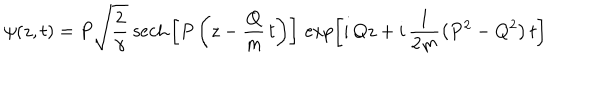
LaTeX: \psi ( z , t ) = P \sqrt { \frac { 2 } { \gamma } } \ \mathrm { s e c h } \left[ P \left( z - \frac { Q } { m } \, t \right) \right] \, \exp \left[ i \, Q z + i \, \frac { 1 } { 2 m } \left( P ^ { 2 } - Q ^ { 2 } \right) t \right]